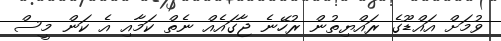
ވުމަށް އައްޑޫގެ ރައްޔިތުން ރުހޭނެ ޖާގައެއް ނެތް ކަމާއި އެ ކަން މީސް